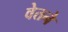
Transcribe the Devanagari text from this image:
वेतने